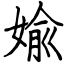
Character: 婾